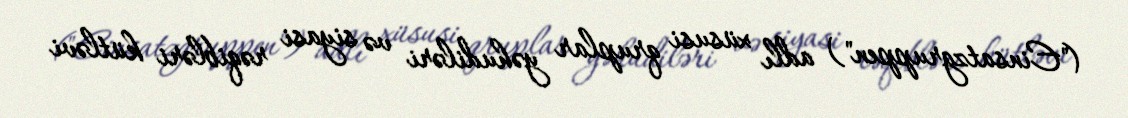
("Einsatzgruppen") adlı xüsusi qruplar yəhudiləri və siyasi rəqibləri kütləvi